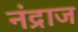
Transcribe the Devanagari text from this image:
नंद्राज